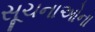
સૂચનાઓના